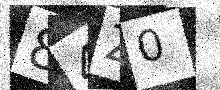
Text: 84Z0